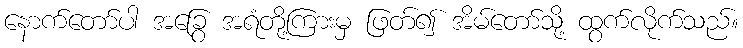
နောက်တော်ပါ အခြွေ အရံတို့ကြားမှ ဖြတ်၍ အိမ်တော်သို့ ထွက်လိုက်သည်။